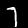
Label: 7